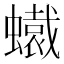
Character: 𧒶